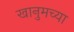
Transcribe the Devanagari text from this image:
खानुमच्या